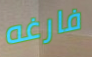
فارغه